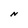
Character: N